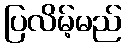
ပြလိမ့်မည်